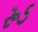
રૂડ